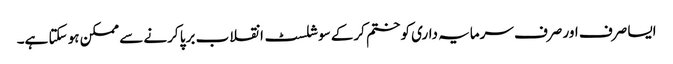
ایسا صرف اور صرف سرمایہ داری کو ختم کرکے سوشلسٹ انقلاب برپا کرنے سے ممکن ہو سکتا ہے۔